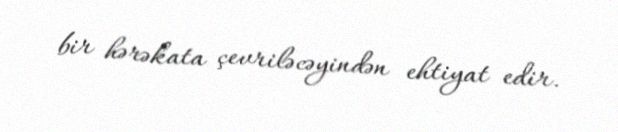
bir hərəkata çevriləcəyindən ehtiyat edir.